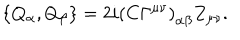
LaTeX: \left\{ Q _ { \alpha } , Q _ { \beta } \right\} = 2 i { ( C \Gamma ^ { \mu \nu } ) } _ { \alpha \beta } Z _ { \mu \nu } .